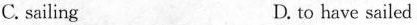
C. sailing D. to have sailed